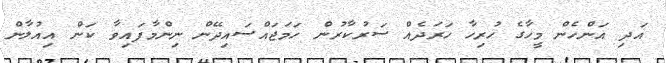
އަދި އަންހެން މީހާގެ ހުރިހާ ހަރަދެއް ސަރުކާރުން ހަމަޖައްސައިދޭން ނިންމާފައިވާ ކަން އިއުލާން